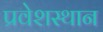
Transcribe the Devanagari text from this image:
प्रवेशस्थान